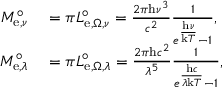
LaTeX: \begin{array} { r l } { M _ { \mathrm { e } , \nu } ^ { \circ } } & { { } = \pi L _ { \mathrm { e } , \Omega , \nu } ^ { \circ } = { \frac { 2 \pi \mathrm { h } \nu ^ { 3 } } { c ^ { 2 } } } { \frac { 1 } { e ^ { \frac { \mathrm { h } \nu } { \mathrm { k } T } } - 1 } } , } \\ { M _ { \mathrm { e } , \lambda } ^ { \circ } } & { { } = \pi L _ { \mathrm { e } , \Omega , \lambda } ^ { \circ } = { \frac { 2 \pi \mathrm { h } c ^ { 2 } } { \lambda ^ { 5 } } } { \frac { 1 } { e ^ { \frac { \mathrm { h } c } { \lambda \mathrm { k } T } } - 1 } } , } \end{array}